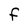
Character: F